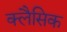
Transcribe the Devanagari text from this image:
क्लैसिक